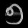
Digit: ၅